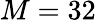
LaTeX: M=32